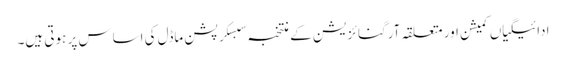
ادائیگیاں کمیشن اور متعلقہ آرگنائزیشن کے منتخبہ سبسکرپشن ماڈل کی اساس پر ہوتی ہیں۔